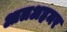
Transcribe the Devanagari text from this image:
आलअहमर